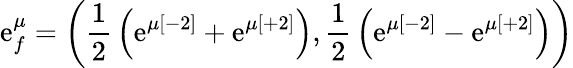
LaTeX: \mathrm{e}_{f}^{\mu}=\left({\frac{{1}}{{2}}}\left(\mathrm{e}^{\mu[-2]}+\mathrm{e}^{\mu[+2]}\right),{\frac{{1}}{{2}}}\left(\mathrm{e}^{\mu[-2]}-\mathrm{e}^{\mu[+2]}\right)\right)